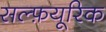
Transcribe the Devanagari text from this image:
सल्फ़यूरिक